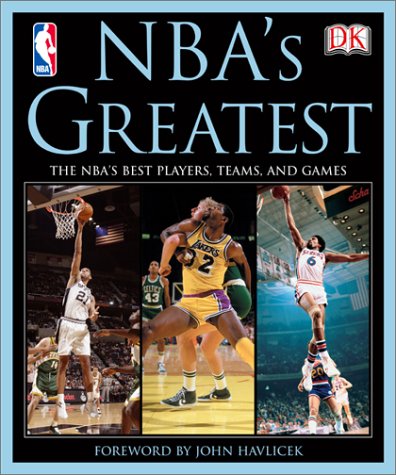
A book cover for Nba's Greatest; DK Publishing; Sports & Outdoors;